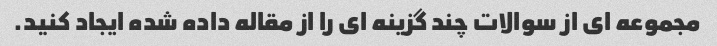
مجموعه ای از سوالات چند گزینه ای را از مقاله داده شده ایجاد کنید.